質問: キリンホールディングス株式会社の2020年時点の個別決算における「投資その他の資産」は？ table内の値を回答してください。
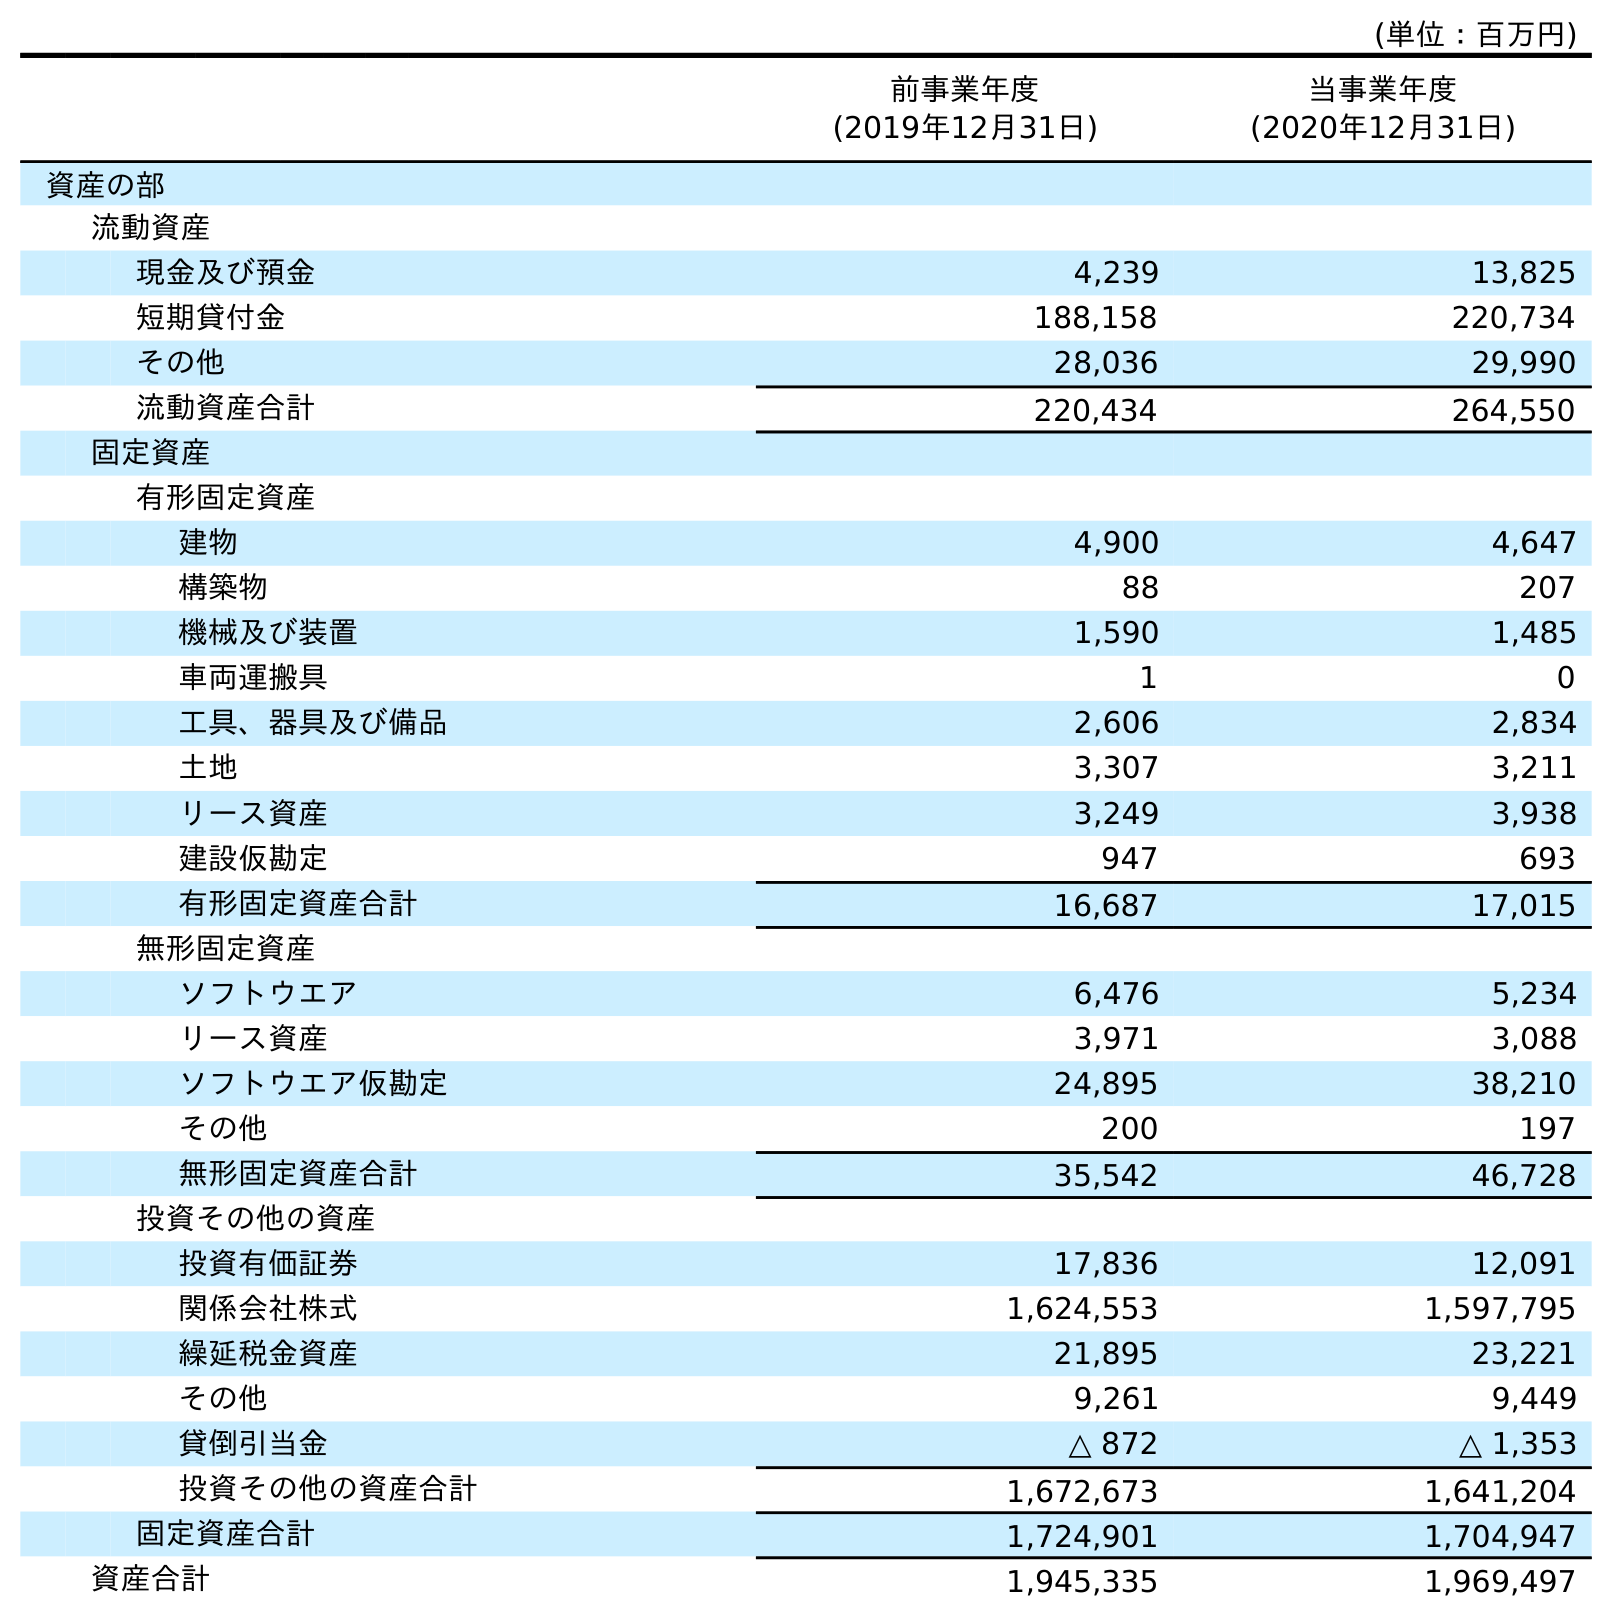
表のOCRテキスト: (単位：百万円) 前事業年度 (2019年12月31日) 当事業年度 (2020年12月31日) 資産の部 流動資産 現金及び預金 4,239 13,825 短期貸付金 188,158 220,734 その他 28,036 29,990 流動資産合計 220,434 264,550 固定資産 有形固定資産 建物 4,900 4,647 構築物 88 207 機械及び装置 1,590 1,485 車両運搬具 1 0 工具、器具及び備品 2,606 2,834 土地 3,307 3,211 リース資産 3,249 3,938 建設仮勘定 947 693 有形固定資産合計 16,687 17,015 無形固定資産 ソフトウエア 6,476 5,234 リース資産 3,971 3,088 ソフトウエア仮勘定 24,895 38,210 その他 200 197 無形固定資産合計 35,542 46,728 投資その他の資産 投資有価証券 17,836 12,091 関係会社株式 1,624,553 1,597,795 繰延税金資産 21,895 23,221 その他 9,261 9,449 貸倒引当金 △ 872 △ 1,353 投資その他の資産合計 1,672,673 1,641,204 固定資産合計 1,724,901 1,704,947 資産合計 1,945,335 1,969,497
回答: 1,641,204